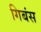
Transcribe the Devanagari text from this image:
गिबंस